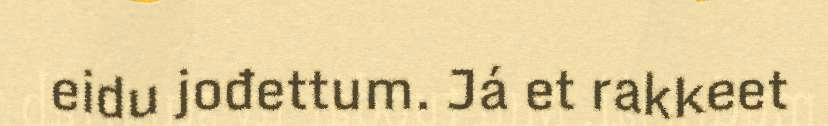
eidu jođettum. Já et rakkeet